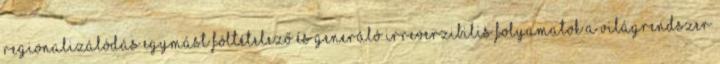
regionalizálódás egymást föltételező és generáló irreverzibilis folyamatok a világrendszer